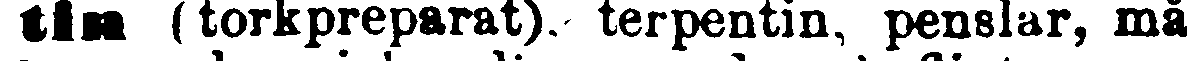
tin (torkpreparat), terpentin, penslar, må